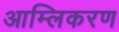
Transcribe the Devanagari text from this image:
आम्लिकरण